Vaccination in Bombay 1889-1901 - 1889-1901
Year: 1889
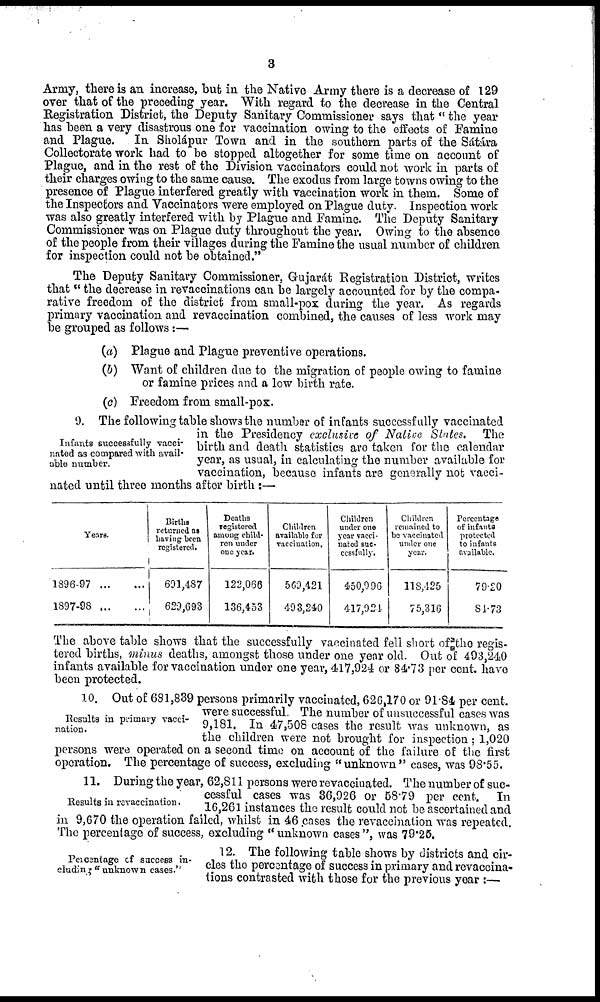
3
Army, there is an increase, but in the Native Army there is a decrease of 129
over that of the preceding year. With regard to the decrease in the Central
Registration District, the Deputy Sanitary Commissioner says that " the year
has been a very disastrous one for vaccination owing to the effects of Famine
and Plague.
In Sholápur Town and in the southern parts of the Sátára
Collectorate work had to be stopped altogether for some time on account of
Plague, and in the rest of the Division vaccinators could not work in parts of
their charges owing to the same cause. The exodus from large towns owing to the
presence of Plague interfered greatly with vaccination work in them. Some of
the Inspectors and Vaccinators were employed on Plague duty. Inspection work
was also greatly interfered with by Plague and Famine. The Deputy Sanitary
Commissioner was on Plague duty throughout the year. Owing to the absence
of the people from their villages during the Famine the usual number of children
for inspection could not be obtained."
The Deputy Sanitary Commissioner, Gujarát Registration District, writes
that" the decrease in revaccinations can be largely accounted for by the compa-
rative freedom of the district from small-pox during the year. As regards
primary vaccination and revaccination combined, the causes of less work may
be grouped as follows:—
(a) Plague and Plague preventive operations.
(b) Want of children due to the migration of people owing to famine
or famine prices and a low birth rate.
(c) Freedom from small-pox.
Infants successfully vacci-
nated as compared with avail-
able number.
9. The following table shows the number of infants successfully vaccinated
in the Presidency exclusive of Native States. The
birth and death statistics are taken for the calendar
year, as usual, in calculating the number available for
vaccination, because infants are generally not vacci-
nated until three months after birth :—
Years.
1896-97
...
...
1897-98 ... ...
Births
returned as
having been
registered.
691,487
629,693
Deaths
registered
among child-
ren under
one year.
122,066
136,453
Children
available for
vaccination.
569,421
493,240
Children
under one
year vacci-
nated suc-
cessfully.
450,996
417,921
Children
remained to
be vaccinated
under one
year.
118,425
75,316
Percentage
of infants
protected
to infants
available.
79.20
84.73
The above table shows that the successfully vaccinated fell short of the regis-
tered births, minus deaths, amongst those under one year old. Out of 493,240
infants available for vaccination under one year, 417,924 or 84.73 per cent. have
been protected.
Results in primary vacci-
nation .
10. Out of 681,839 persons primarily vaccinated, 626,170 or 91.84 per cent.
were successful. The number of unsuccessful cases was
9,181. In 47,508 cases the result was unknown, as
the children were not brought for inspection ; 1,020
persons were operated on a second time on account of the failure of the first
operation. The percentage of success, excluding "unknown" cases, was 98.55.
Results in revaccination.
11. During the year, 62,811 persons were revaccinated. The number of suc-
cessful cases was 36,926 or 58.79 per cent. In
16,261 instances the result could not be ascertained and
in 9,670 the operation failed, whilst in 46 cases the revaccination was repeated.
The percentage of success, excluding "unknown cases", was 79.25.
Percentage of success in-
cludin "unknown cases."
12. The following table shows by districts and cir-
cles the percentage of success in primary and revaccina-
tions contrasted with those for the previous year :—